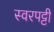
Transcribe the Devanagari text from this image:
स्वरपट्टी